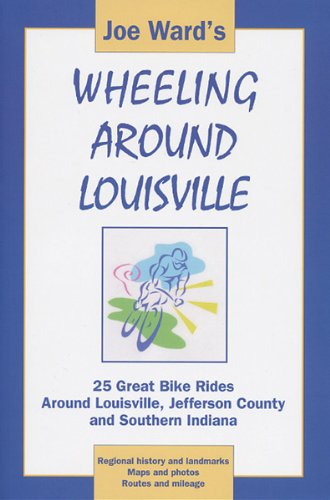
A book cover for Joe Ward's Wheeling Around Louisville: 25 Great Bike Rides Around Louisville, Jefferson County and Southern Indiana; Joe Ward; Travel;